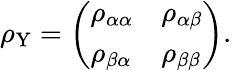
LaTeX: \rho_{\mathrm{Y}}=\left(\begin{array}{ll}{\rho_{\alpha\alpha}}&{\rho_{\alpha\beta}}\\ {\rho_{\beta\alpha}}&{\rho_{\beta\beta}}\end{array}\right).